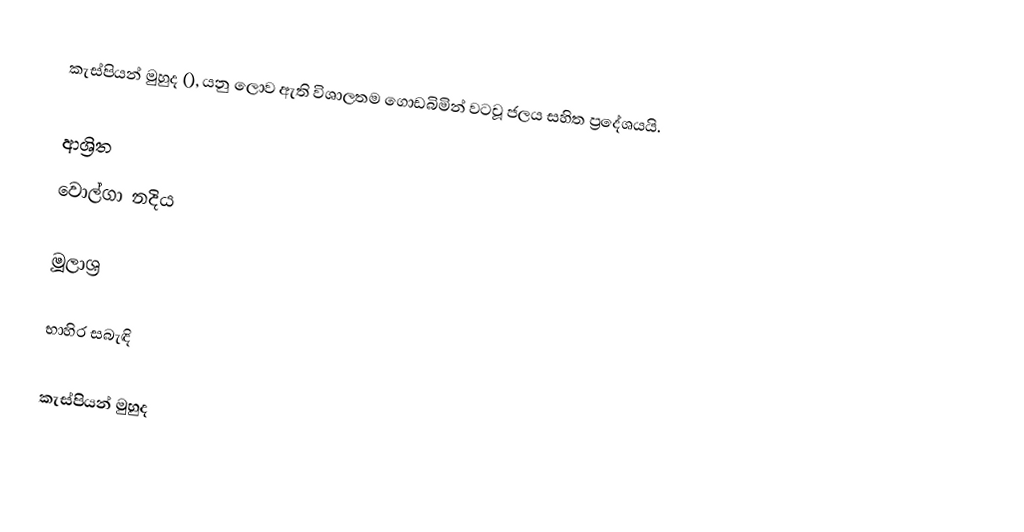
කැස්පියන් මුහුද (), යනු ලොව ඇති විශාලතම ගොඩබිමින් වටවූ ජලය සහිත ප්‍රදේශයයි.

ආශ්‍රිත
 වොල්ගා නදිය

මූලාශ්‍ර

භාහිර සබැඳි

කැස්පියන් මුහුද